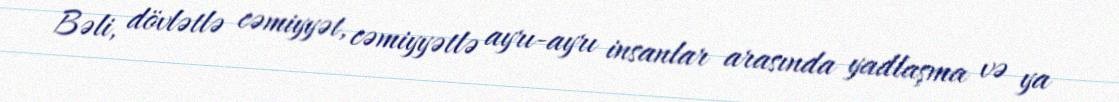
Bəli, dövlətlə cəmiyyət, cəmiyyətlə ayrı-ayrı insanlar arasında yadlaşma və ya